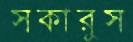
সকারুস